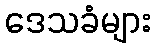
ဒေသခံများ